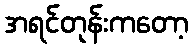
အရင်တုန်းကတော့